画像に写った文字を読んでください
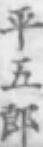
「平五郎」と書いてあります